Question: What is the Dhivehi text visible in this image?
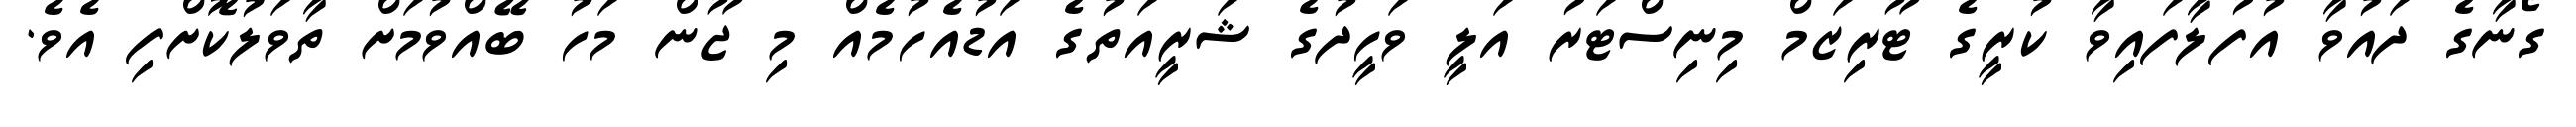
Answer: ގޯނާގެ ދައުވާ އުފުލާފައިވާ ކުރީގެ ޓޫރިޒަމް މިނިސްޓަރު އަލީ ވަހީދުގެ ޝަރީއަތުގެ އަޑުއެހުމެއް މި ޖޫން މަހު ބޭއްވުމަށް ތާވަލުކޮށްފި އެވެ.